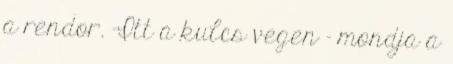
a rendor. -Itt a kulcs vegen - mondja a